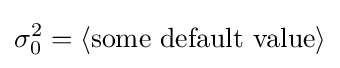
\sigma _{0}^{2}=\langle {\text{some default value}}\rangle